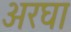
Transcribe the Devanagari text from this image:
अरघा